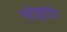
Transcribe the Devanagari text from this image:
ग्रेजुएटेड